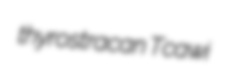
thyrostracan Tcawi